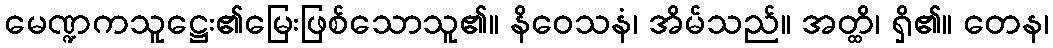
မေဏ္ဍကသူဋ္ဌေး၏မြေးဖြစ်သောသူ၏။ နိဝေသနံ၊ အိမ်သည်။ အတ္ထိ၊ ရှိ၏။ တေန၊